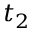
t _ { 2 }